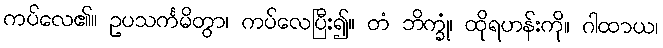
ကပ်လေ၏။ ဥပသင်္ကမိတွာ၊ ကပ်လေပြီး၍။ တံ ဘိက္ခုံ၊ ထိုရဟန်းကို။ ဂါထာယ၊